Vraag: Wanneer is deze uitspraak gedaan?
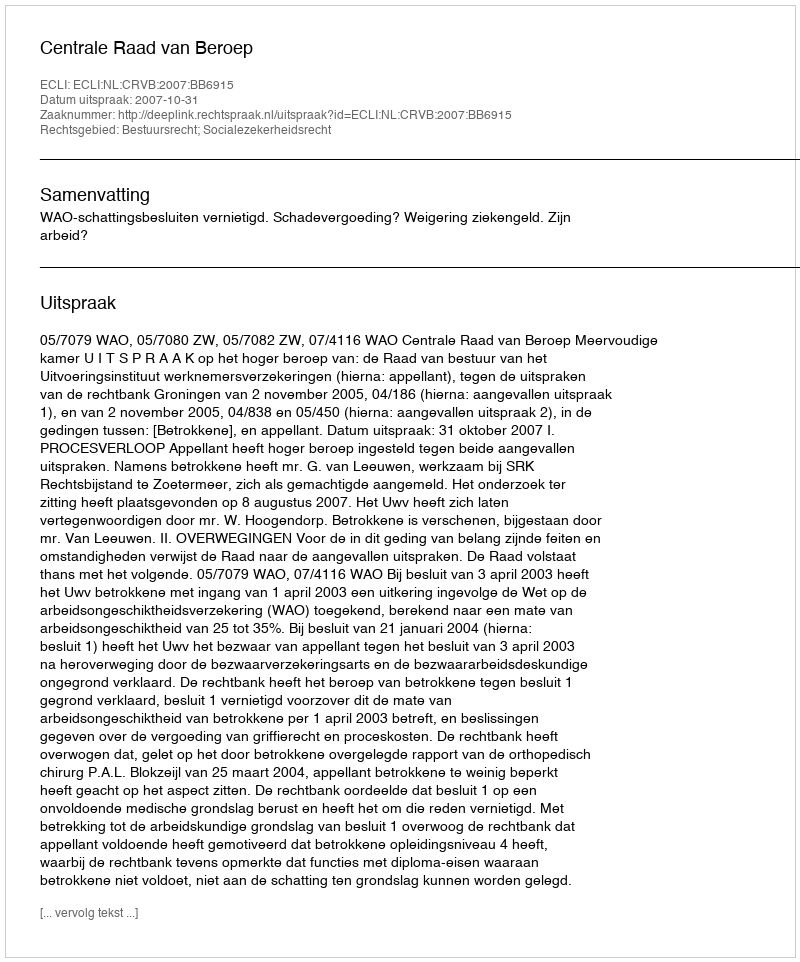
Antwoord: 2007-10-31